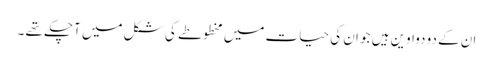
ان کے دو دواوین ہیں جو ان کی حیات میں مخطوطے کی شکل میں آچکے تھے ۔